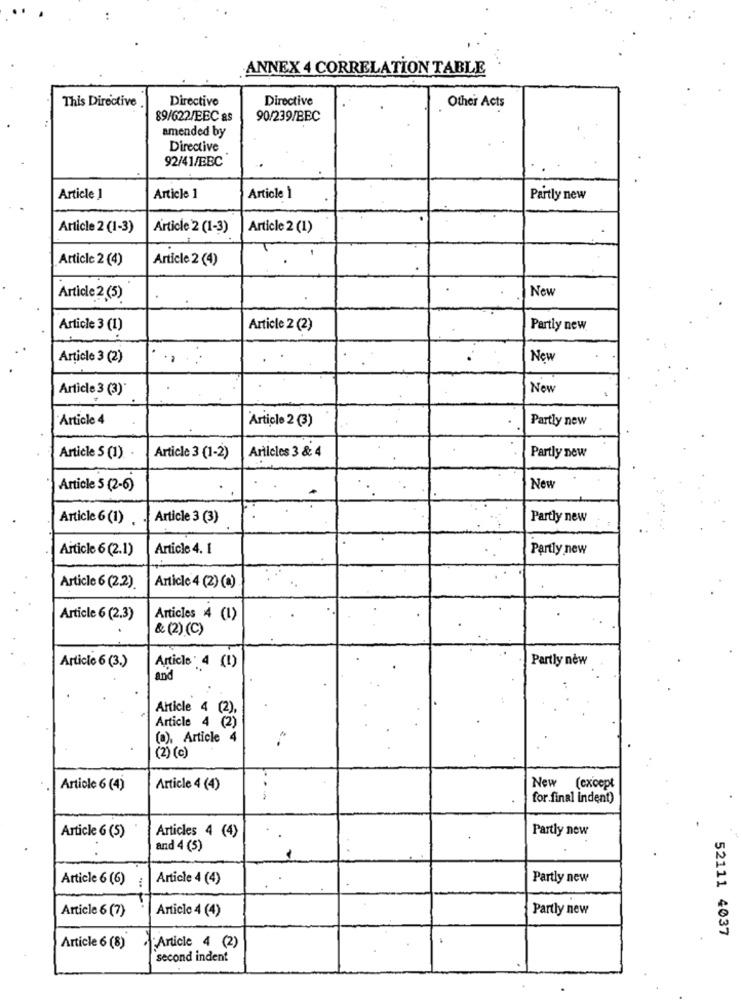
ANNEX 4 CORRELATION TABLE
This Directive
Directive
Directive
Other Acts
89/622/EEC as
90/239/BBC
amended by
Directive
92/41/EBC
Article 1
Article 1
Article
Partly new
Article 2 (1-3)
Article 2 (1-3)
Article 2 (1)
Article 2 (4)
Article 2 (4)
New
Article 2.(5)
Article 3 (1)
Article 2 (2)
Partly new
Article 3 (2)
. .
New
Article 3 (3)
New
.
Article 4
Article 2 (3)
Partly new
Articles 3 & 4
Article 5 (1)
Article 3 (1-2)
Partly new
Article 5 (2-6)
New
Article 6 (1)
Article 3 (3)
Partly new
Article 6 (2.1)
Article 4. 1
Partly new
Article 6 (2.2)
Article 4 (2) (a)
Article 6 (2.3)
Articles 4 (1)
& (2) (C)
Article 6 (3.)
Partly něw
Article 4 (1)
and
Article 4 (2)
Article 4 (2)
(a), Article 4
(2) (c)
Artiole 6 (4)
Article 4 (4)
New (except
for.final indent)
Article 6 (5)
Articles 4 (4)
Partly new
and 4 (5)
Article 6 (6)
Article 4 (4)
Partly new
Article 6 (7)
Article 4 (4)
Partly new
52111 4037
"Article 4 (2)
Article 6 (8)
second indent